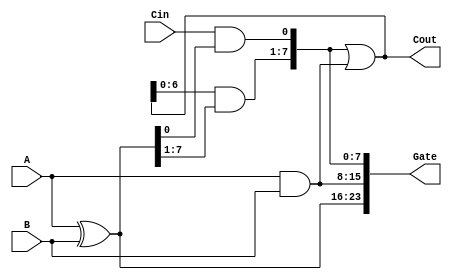
module Lookahead_Logic_8Bit(
    input  [N:0] A,
    input  [N:0] B,
    input        Cin,
    output [N:0] Cout,
    
    output [3*(N+1)-1:0] Gate
    );
    
    parameter N = 7;
    // Where A ^ B = P, A & B = G
    // Cout[0] = (Cin     & P0) | G0 (3 gates)
    // Cout[1] = (Cout[0] & P1) | G1 (5)
    // Cout[2] = (Cout[1] & P2) | G2 (7)
    // Cout[3] = (Cout[2] & P3) | G3 (9)
    // and so on
    
    wire [N+1:0] Out_FakeWire, P, G, Ands; // N+1, leading 0
    assign P[N+1] = 0;
    assign G[N+1] = 0;
    
    assign Gate = {P[N:0],G[N:0],Ands[N:0]}; // Power Test use
    
    assign #1 P[N:0] = A ^ B;
    assign #1 G[N:0] = A & B;
    
    assign #1 Ands[0] = Cin & P[0];
    assign #1 Ands[N+1:1] = Out_FakeWire[N:0] & P[N+1:1];
    assign #1 Out_FakeWire = Ands | G;
    
    assign Cout = Out_FakeWire[N:0];
    
endmodule